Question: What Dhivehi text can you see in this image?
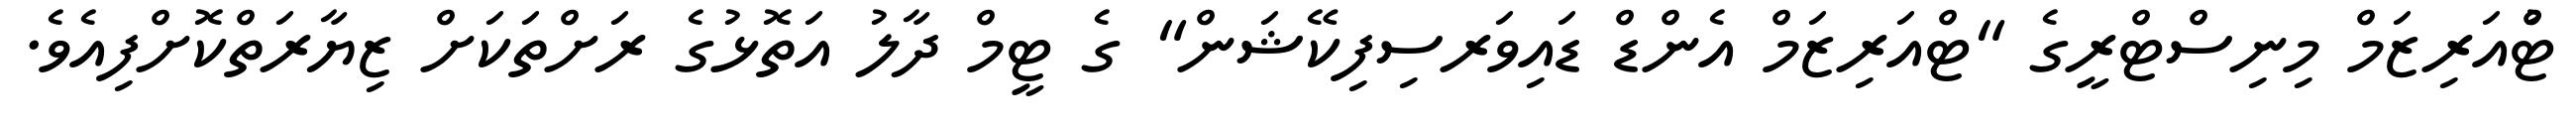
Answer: ޓްުއަރިޒަމް މިނިސްޓްރީގެ "ޓްއަރިޒަމް އެންޑް ޑައިވަރސިފިކޭޝަން" ގެ ޓީމް ދާލު އަތޮޅުގެ ރަށްތަކަށް ޒިޔާރަތްކޮށްފިއެވެ.